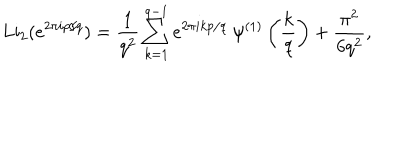
LaTeX: \mathrm { L i } _ { 2 } ( e ^ { 2 \pi i p / q } ) = \frac { 1 } { q ^ { 2 } } \sum _ { k = 1 } ^ { q - 1 } e ^ { 2 \pi i k p / q } ~ \psi ^ { ( 1 ) } \left( \frac { k } { q } \right) + \frac { \pi ^ { 2 } } { 6 q ^ { 2 } } ,